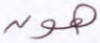
هون